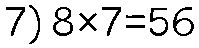
7) 8×7=56